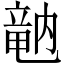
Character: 𥪞